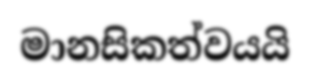
මානසිකත්වයයි